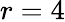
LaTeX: r=4